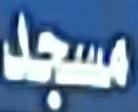
مسجد